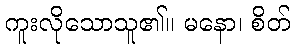
ကူးလိုသောသူ၏။ မနော၊ စိတ်